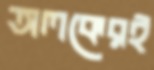
অলকেরই